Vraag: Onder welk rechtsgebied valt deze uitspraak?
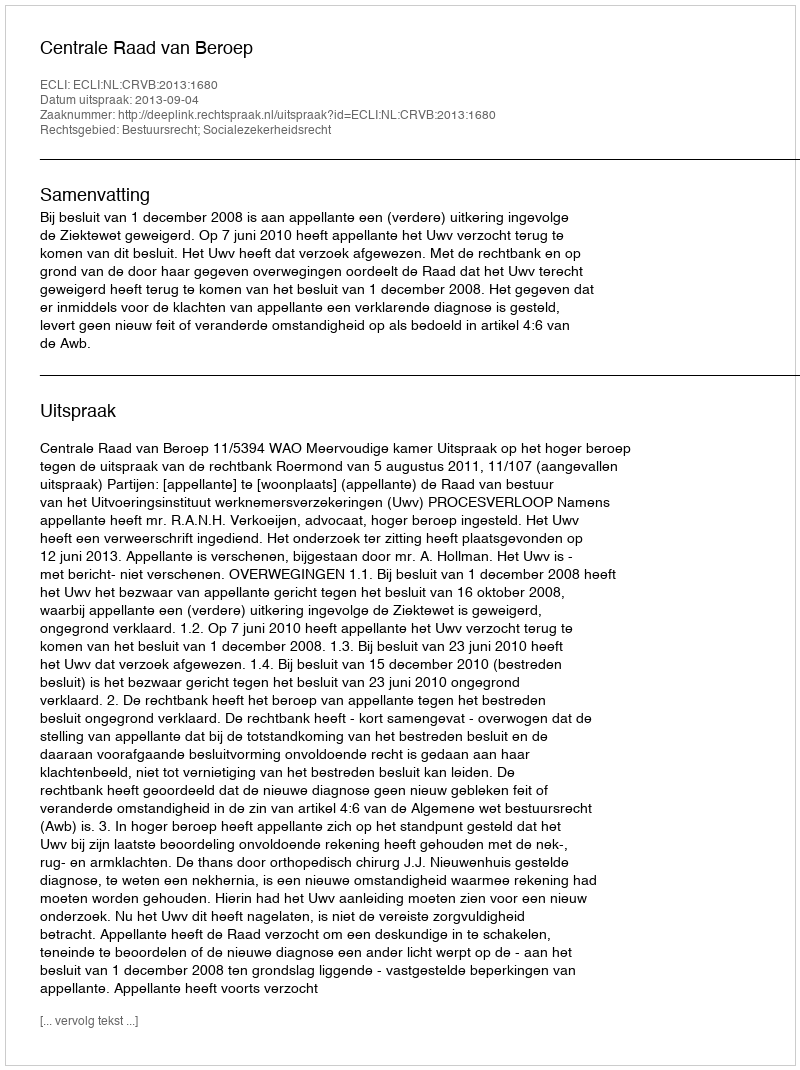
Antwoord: Bestuursrecht; Socialezekerheidsrecht